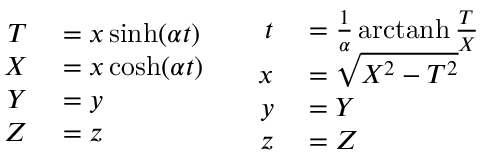
\begin{array} { c c } { { \begin{array} { r l } { T } & { { } = x \sinh ( \alpha t ) } \\ { X } & { { } = x \cosh ( \alpha t ) } \\ { Y } & { { } = y } \\ { Z } & { { } = z } \end{array} } } & { { \begin{array} { r l } { t } & { { } = { \frac { 1 } { \alpha } } \operatorname { a r c t a n h } { \frac { T } { X } } } \\ { x } & { { } = { \sqrt { X ^ { 2 } - T ^ { 2 } } } } \\ { y } & { { } = Y } \\ { z } & { { } = Z } \end{array} } } \end{array}